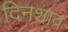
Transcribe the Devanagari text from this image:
दिनशाव